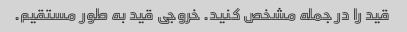
قید را در جمله مشخص کنید. خروجی قید به طور مستقیم.